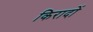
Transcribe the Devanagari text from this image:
किरादों